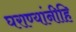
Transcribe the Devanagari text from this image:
घराण्यांनीहि